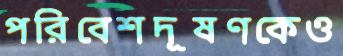
পরিবেশদূষণকেও